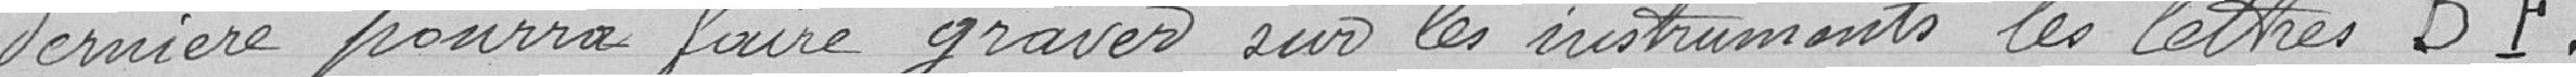
dernière pourra faire graver sur les instruments les lettres B F.